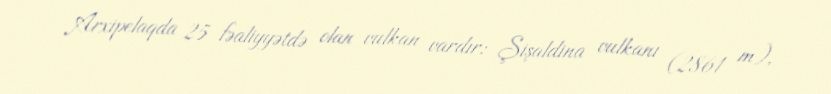
Arxipelaqda 25 fəaliyyətdə olan vulkan vardır: Şişaldina vulkanı (2861 m),